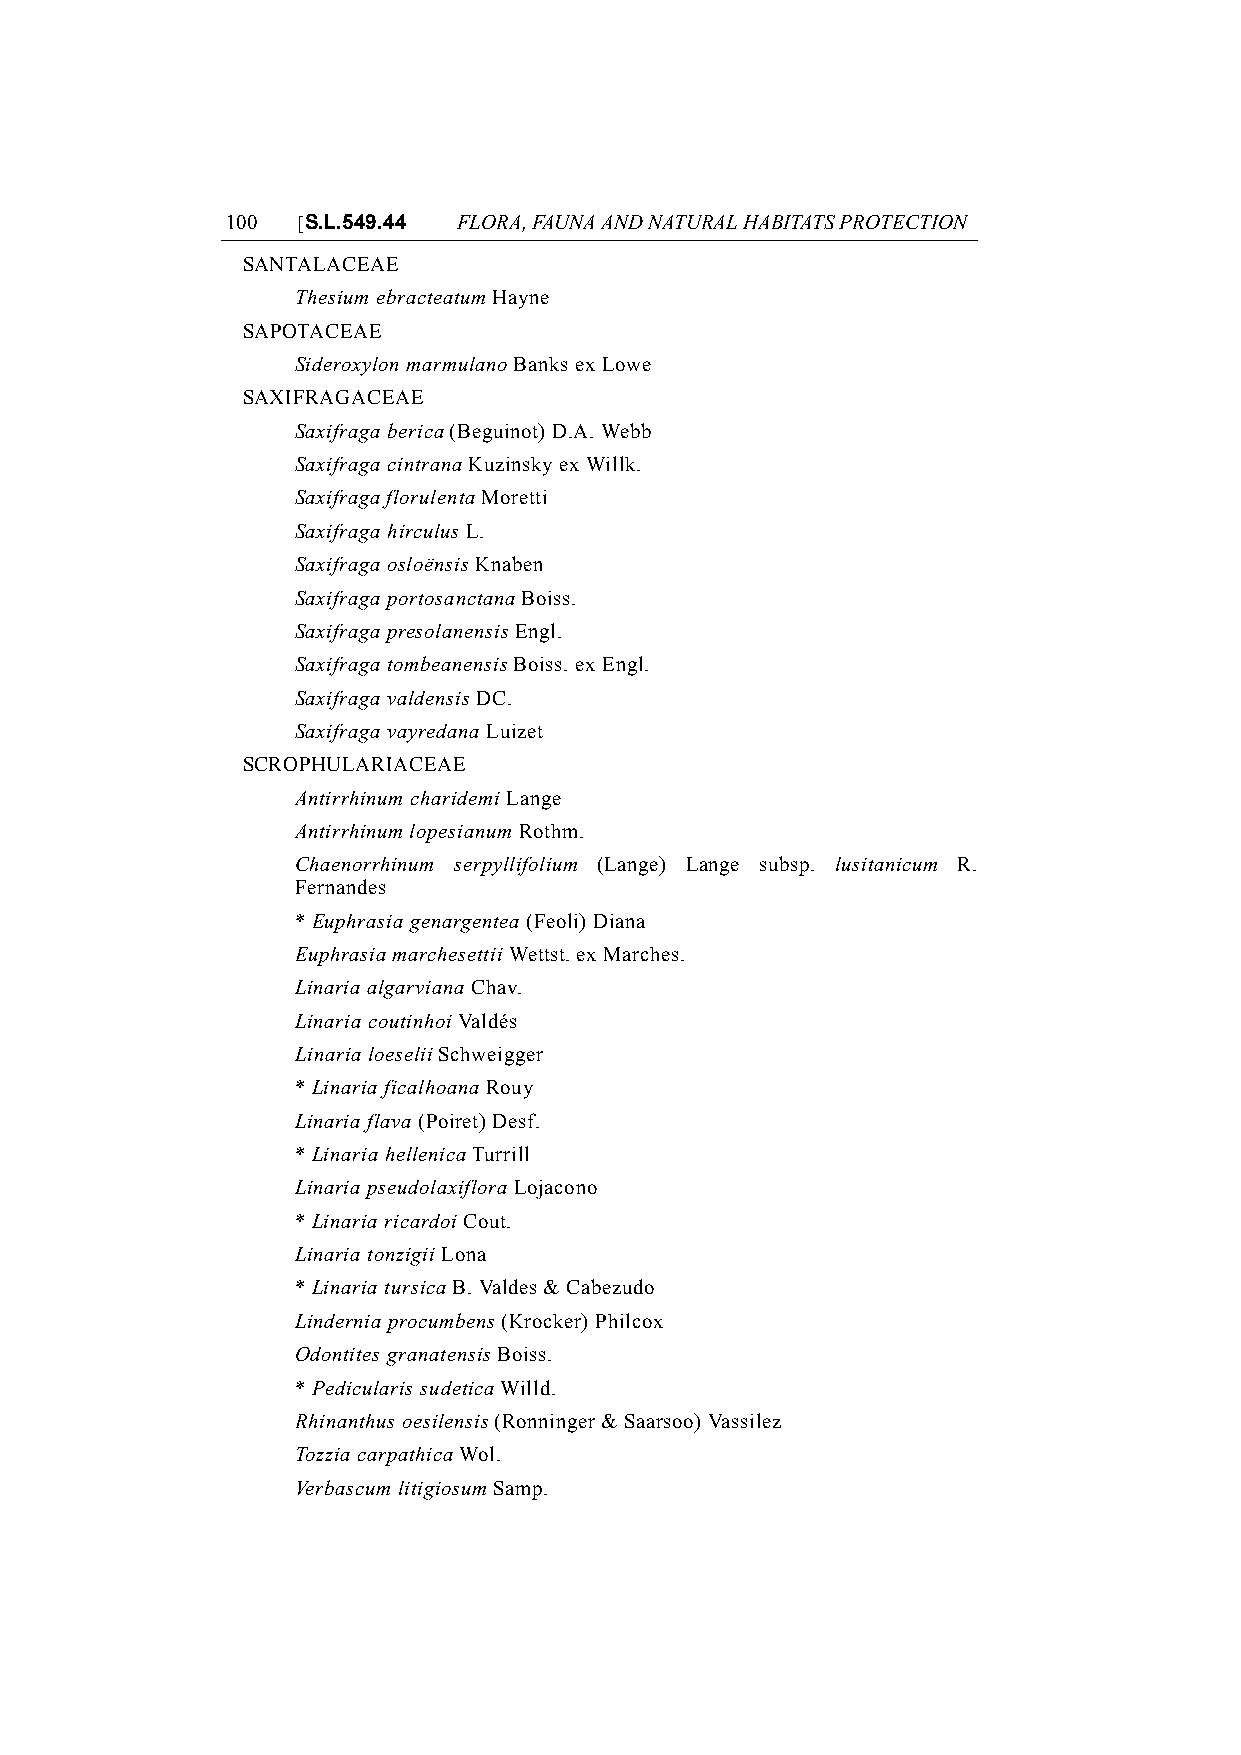
100  [S.L.549.44 FLORA, FAUNA AND NATURAL HABITATS PROTECTION
 SANTALACEAE
 Thesium ebracteatum Hayne
 SAPOTACEAE
 Sideroxylon marmulano Banks ex Lowe
 SAXIFRAGACEAE
 Saxifraga berica (Beguinot) D.A. Webb
 Saxifraga cintrana Kuzinsky ex Willk.
 Saxifraga florulenta Moretti
 Saxifraga hirculus L.
 Saxifraga osloënsis Knaben
 Saxifraga portosanctana Boiss.
 Saxifraga presolanensis Engl.
 Saxifraga tombeanensis Boiss. ex Engl.
 Saxifraga valdensis DC.
 Saxifraga vayredana Luizet
 SCROPHULARIACEAE
 Antirrhinum charidemi Lange
 Antirrhinum lopesianum Rothm.
 Chaenorrhinum serpyllifolium (Lange) Lange subsp. lusitanicum R.
 Fernandes
 * Euphrasia genargentea (Feoli) Diana
 Euphrasia marchesettii Wettst. ex Marches.
 Linaria algarviana Chav.
 Linaria coutinhoi Valdés
 Linaria loeselii Schweigger
 * Linaria ficalhoana Rouy
 Linaria flava (Poiret) Desf.
 * Linaria hellenica Turrill
 Linaria pseudolaxiflora Lojacono
 * Linaria ricardoi Cout.
 Linaria tonzigii Lona
 * Linaria tursica B. Valdes & Cabezudo
 Lindernia procumbens (Krocker) Philcox
 Odontites granatensis Boiss.
 * Pedicularis sudetica Willd.
 Rhinanthus oesilensis (Ronninger & Saarsoo) Vassilez
 Tozzia carpathica Wol.
 Verbascum litigiosum Samp.